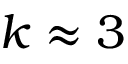
k \approx 3